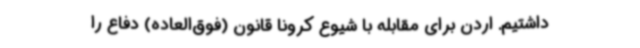
داشتیم. اردن برای مقابله با شیوع کرونا قانون (فوق‌العاده) دفاع را